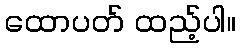
ထောပတ် ထည့်ပါ။